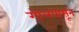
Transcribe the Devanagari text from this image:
गोलपासून